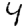
Digit: 4